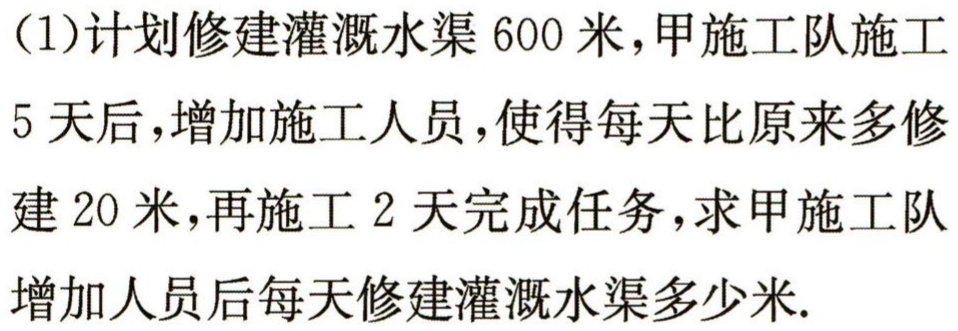
(1)计划修建灌溉水渠$600$米，甲施工队施工$5$天后，增加施工人员，使得每天比原来多修建$20$米，再施工$2$天完成任务，求甲施工队增加人员后每天修建灌溉水渠多少米.